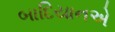
બાદિયાનએ